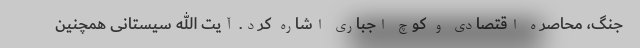
جنگ، محاصره اقتصادی و کوچ اجباری اشاره کرد. آیت الله سیستانی همچنین